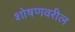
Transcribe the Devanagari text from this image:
शोषणवरील